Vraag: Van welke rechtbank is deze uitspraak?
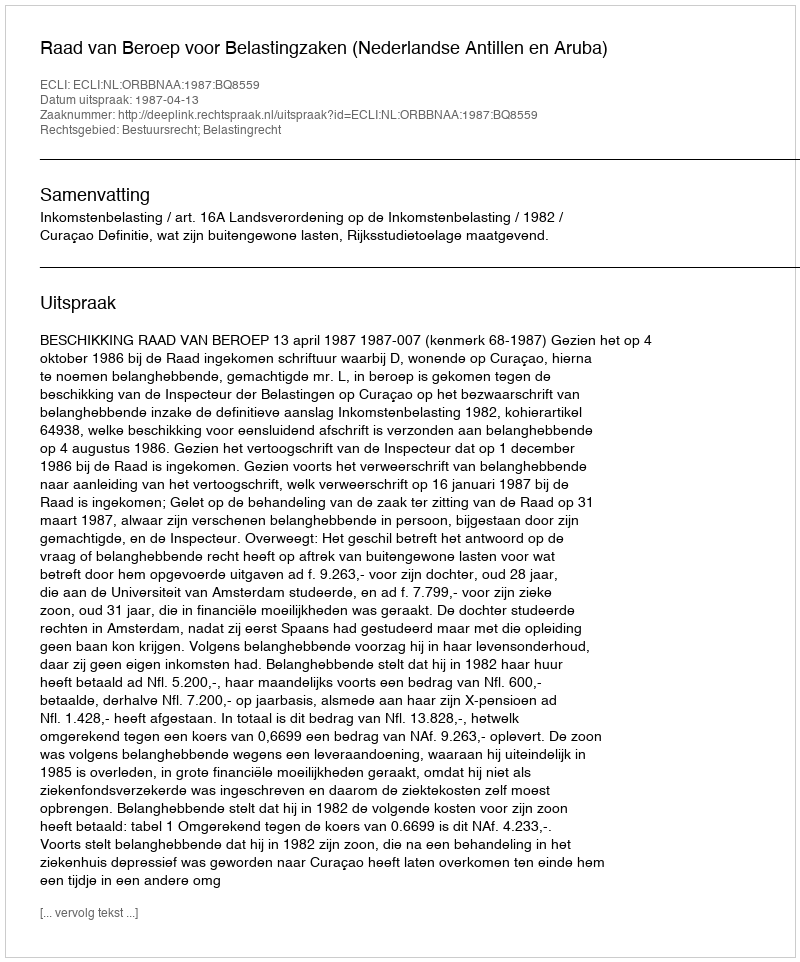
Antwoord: Raad van Beroep voor Belastingzaken (Nederlandse Antillen en Aruba)